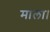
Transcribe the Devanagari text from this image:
माला।